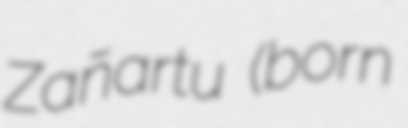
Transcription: Zañartu (born